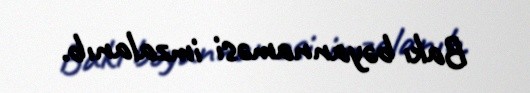
Bakı bəyannaməsi imzalanıb.